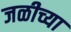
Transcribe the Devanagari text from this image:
जळीच्या